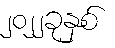
၂၀၂၂ခုနှစ်